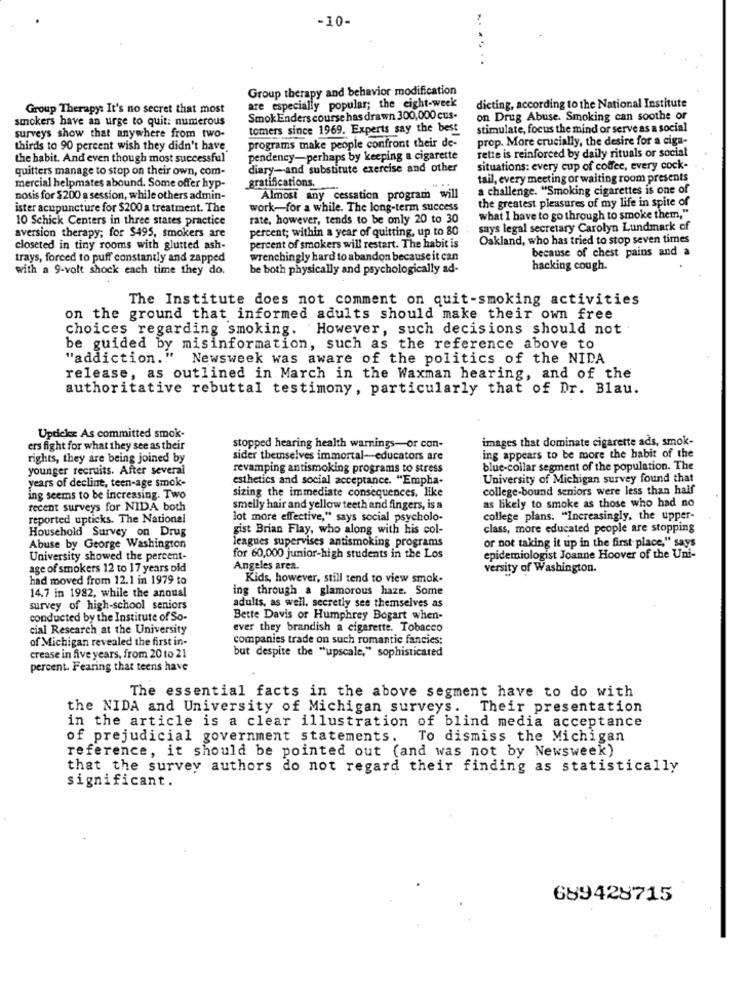
-10-
.....
Group therapy and behavior modification
Group Therapy: It's no secret that most
are especially popular; the eight-week
dicting, according to the National Institute
smokers have an urge to quit: numerous
Smok Enders course has drawn 300,000 cus-
on Drug Abuse. Smoking can soothe or
tomers since 1969. Experts say the best
stimulate, focus the mind or serve as a social
surveys show that anywhere from two-
programs make people confront their de-
prop. More crucially, the desire for a ciga-
thirds to 90 percent wish they didn't have
the habit. And even though most successful
pendency-perhaps by keeping a cigarette
rette is reinforced by daily rituals or social
quitters manage to stop on their own, com-
diary-and substitute exercise and other
situations: every cup of coffee, every cock-
tail, every meeting or waiting room presents
mercial helpmates abound. Some offer hyp-
gratifications.
a challenge. "Smoking cigarettes is one of
nosis for $200 a session, while others admin-
Almost any cessation program will
the greatest pleasures of my life in spite of
ister acupuncture for $200 a treatment. The
work-for a while. The long-term success
10 Schick Centers in three states practice
rate, however, tends to be only 20 to 30
what I have to go through to smoke them,"
aversion therapy; for $495, smokers are
percent; within a year of quitting, up to 80
says legal secretary Carolyn Lundmark of
Oakland, who has tried to stop seven times
closeted in tiny rooms with glutted ash-
percent of smokers will restart. The habit is
because of chest pains and a
trays, forced to puff constantly and zapped
wrenchingly hard to abandon because it can
with a 9-volt shock each time they do.
be both physically and psychologically ad-
hacking cough.
The Institute does not comment on quit-smoking activities
on the ground that informed adults should make their own free
choices regarding smoking. However, such decisions should not
be guided by misinformation, such as the reference above to
"addiction."
Newsweek was aware of the politics of the NIDA
release, as outlined in March in the Waxman hearing, and of the
authoritative rebuttal testimony, particularly that of Dr. Blau.
Upticks As committed smok-
images that dominate cigarette ads, smok-
ers fight for what they see as their
stopped hearing health warnings-or con-
rights, they are being joined by
sider themselves immortal-educators are
ing appears to be more the habit of the
younger recruits. After several
revamping antismoking programs to stress
blue-collar segment of the population. The
years of decline, teen-age smok-
esthetics and social acceptance. "Empha-
University of Michigan survey found that
sizing the immediate consequences, like
college-bound seniors were less than half
ing seems to be increasing. Two
recent surveys for NIDA both
smelly hair and yellow teeth and fingers, is a
as likely to smoke as those who had no
reported upticks. The National
lot more effective," says social psycholo-
college plans. "Increasingly, the upper-
Household Survey on Drug
gist Brian Flay, who along with his col-
class, more educated people are stopping
leagues supervises antismoking programs
or not taking it up in the first place," says
Abuse by George Washington
University showed the percent-
for 60,000 junior-high students in the Los
epidemiologist Joanne Hoover of the Uni-
age of smokers 12 to 17 years old
Angeles area.
versity of Washington.
had moved from 12.1 in 1979 to
Kids, however, still tend to view smok-
14.7 in 1982, while the annual
ing through a glamorous haze. Some
adults, as well, secretly see themselves as
survey of high-school seniors
conducted by the Institute of So-
Bette Davis or Humphrey Bogart when-
cial Research at the University
ever they brandish a cigarette. Tobacco
of Michigan revealed the first in-
companies trade on such romantic fancies;
crease in five years, from 20 to 21
but despite the "upscale," sophisticated
percent. Fearing that teens have
The essential facts in the above segment have to do with
the NIDA and University of Michigan surveys.
Their presentation
in the article is a clear illustration of blind media acceptance
of prejudicial government statements. To dismiss the Michigan
reference, it should be pointed out (and was not by Newsweek)
that the survey authors do not regard their finding as statistically
significant.
689428715